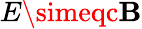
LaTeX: E\simeqc\mathbf{B}